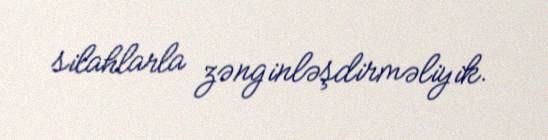
silahlarla zənginləşdirməliyik.